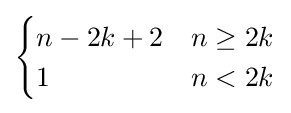
{\begin{cases}n-2k+2&n\geq 2k\\1&n<2k\end{cases}}